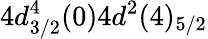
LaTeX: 4d_{3/2}^{4}(0)4d^{2}(4)_{5/2}